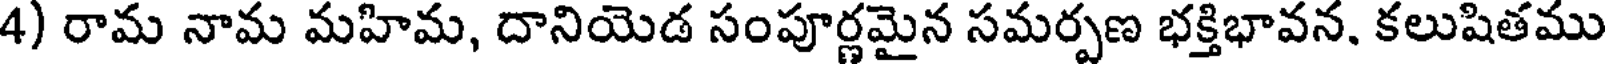
4) రామ నామ మహిమ, దానియెడ సంపూర్ణమైన సమర్పణ భక్తిభావన, కలుషితము